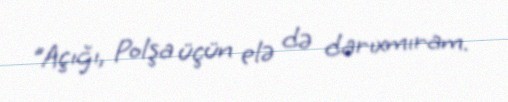
"Açığı, Polşa üçün elə də darıxmıram.